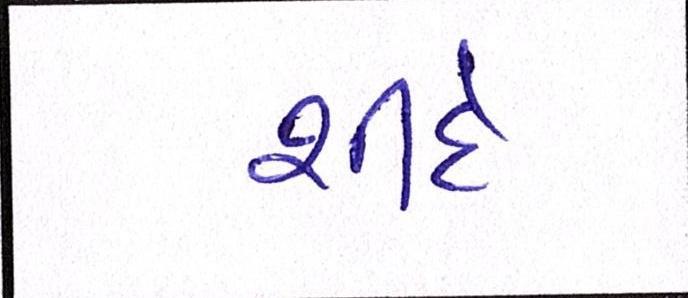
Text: શીંદે